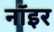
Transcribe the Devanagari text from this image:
नॉइर